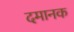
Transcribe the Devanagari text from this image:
दमानक